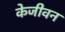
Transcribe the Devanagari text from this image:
केजीवन